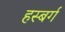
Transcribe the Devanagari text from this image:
हस्बर्ग